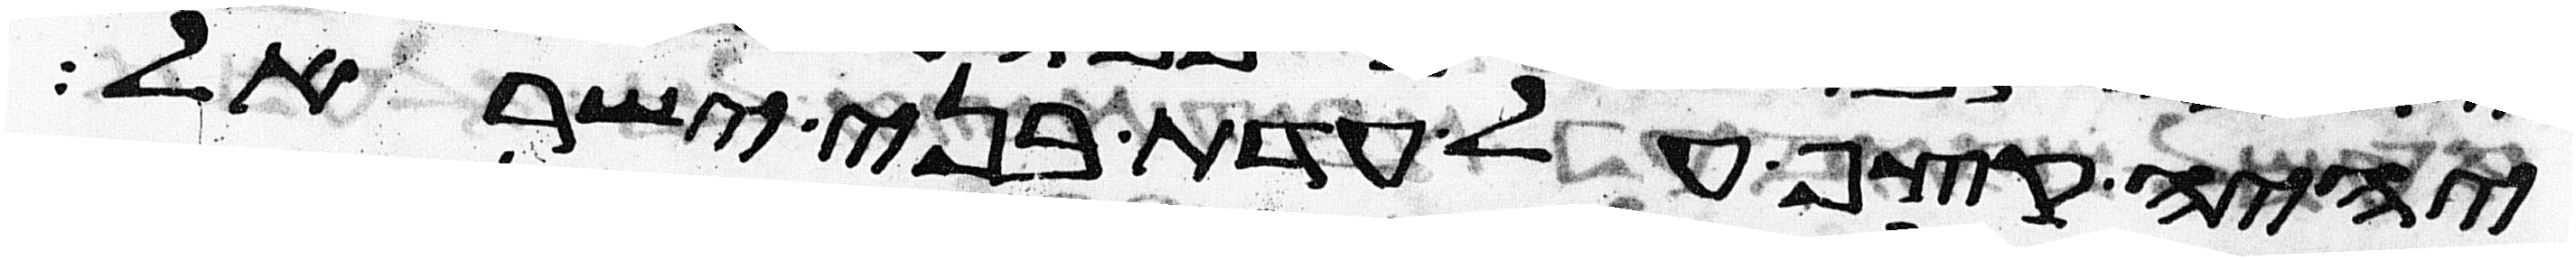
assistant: יהיה קצף על עדת בני ישראל